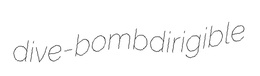
dive-bomb dirigible